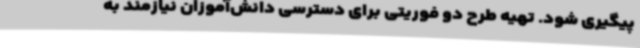
پیگیری شود. تهیه طرح دو فوریتی برای دسترسی دانش‌آموزان نیازمند به